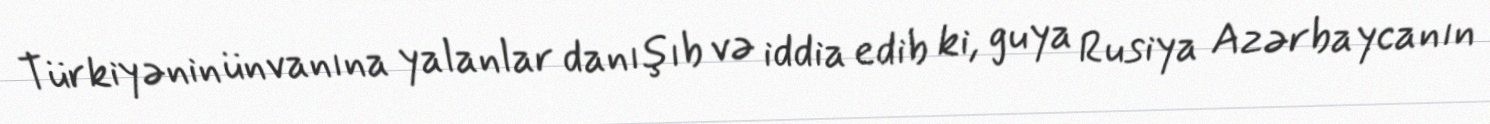
Türkiyənin ünvanına yalanlar danışıb və iddia edib ki, guya Rusiya Azərbaycanın